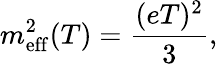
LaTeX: m_{\mathrm{eff}}^{2}(T)=\frac{(eT)^{2}}{3},